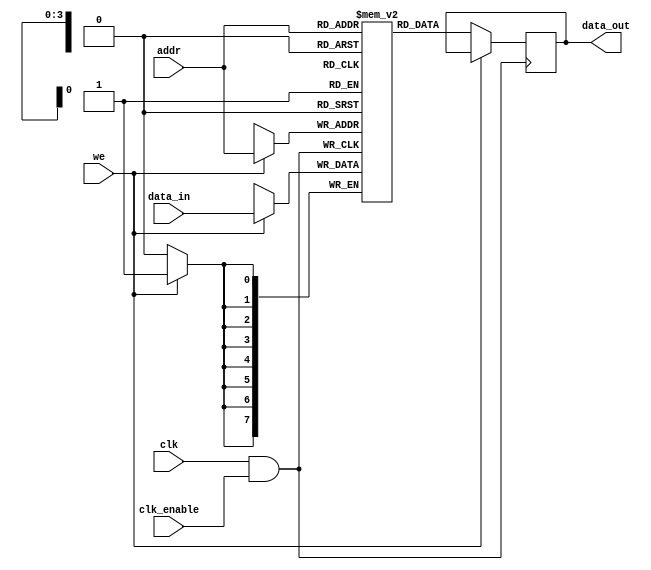
module memory_block (
    input wire clk,              // Global clock signal
    input wire clk_enable,       // Clock enable signal
    input wire [7:0] data_in,    // Data input
    input wire [3:0] addr,       // Address input
    input wire we,               // Write enable
    output reg [7:0] data_out     // Data output
);

    // Memory array (e.g., 16 x 8-bit SRAM)
    reg [7:0] mem [0:15];

    // Internal clock signal for the memory block
    wire gated_clk;

    // Transmission gate for clock gating
    assign gated_clk = clk & clk_enable;

    always @(posedge gated_clk) begin
        if (we) begin
            // Write operation
            mem[addr] <= data_in;
        end else begin
            // Read operation
            data_out <= mem[addr];
        end
    end

endmodule